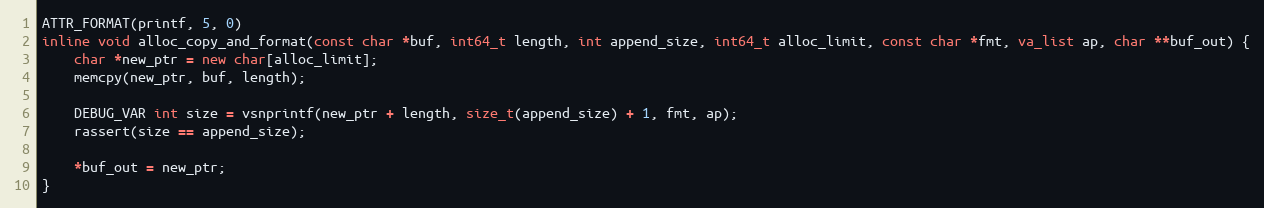
Language: C++
ATTR_FORMAT(printf, 5, 0)
inline void alloc_copy_and_format(const char *buf, int64_t length, int append_size, int64_t alloc_limit, const char *fmt, va_list ap, char **buf_out) {
    char *new_ptr = new char[alloc_limit];
    memcpy(new_ptr, buf, length);

    DEBUG_VAR int size = vsnprintf(new_ptr + length, size_t(append_size) + 1, fmt, ap);
    rassert(size == append_size);

    *buf_out = new_ptr;
}